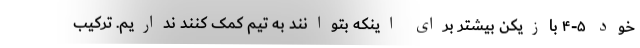
خود ۵-۴ بازیکن بیشتر برای اینکه بتوانند به تیم کمک کنند نداریم. ترکیب